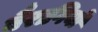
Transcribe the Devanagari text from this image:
बैरागियों